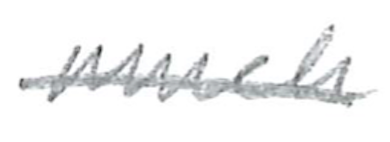
Text: much
Cross-out: single-line
Writing tool: pencil